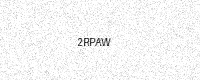
Text: 2RPAW